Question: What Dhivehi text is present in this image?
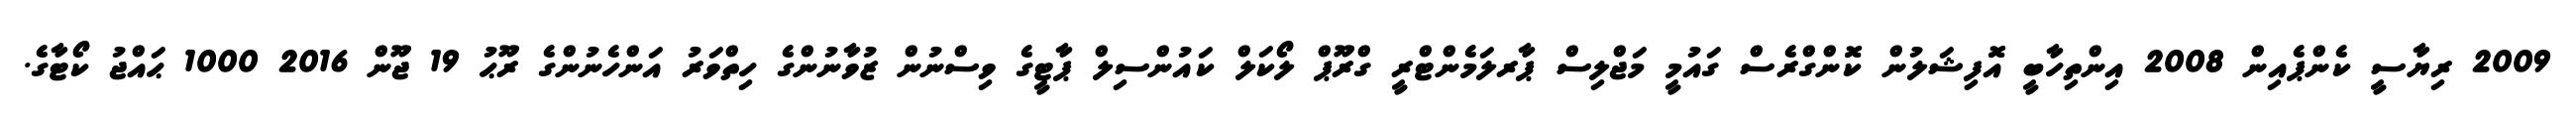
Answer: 2009 ރިޔާސީ ކެންޕެއިން 2008 އިންތިހާބީ އޮފިޝަލުން ކޮންގްރެސް ގައުމީ މަޖްލިސް ޕާރލަމެންޓްރީ ގްރޫޕް ލޯކަލް ކައުންސިލް ޕާޓީގެ ވިސްނުން ޒުވާނުންގެ ހިތްވަރު އަންހެނުންގެ ރޫޙު 19 ޖޫން 2016 1000 ޙައްޖު ކޯޓާގެ.